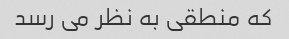
که منطقی به نظر می رسد